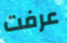
عرفت